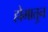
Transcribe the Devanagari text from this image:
होमातुन